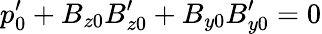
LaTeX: p_{0}^{\prime}+B_{z0}B_{z0}^{\prime}+B_{y0}B_{y0}^{\prime}=0